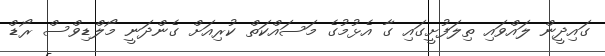
ގައިދީން ލައްވައި ތިލަފުށީގައި ގާ އެޅުމުގެ މަސައްކަތް ކުރިއަށް ގެންދަނީ މޯލްޑިވްސް ރޯޑް